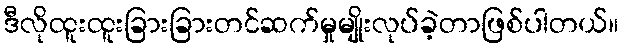
ဒီလိုထူးထူးခြားခြားတင်ဆက်မှုမျိုးလုပ်ခဲ့တာဖြစ်ပါတယ်။